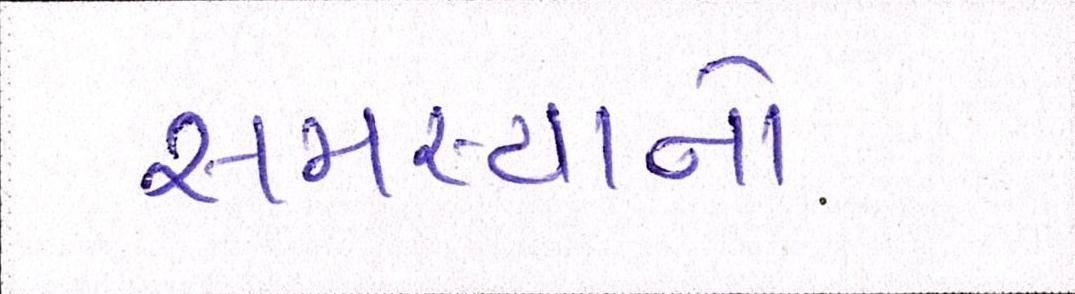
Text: સમસ્યાનો